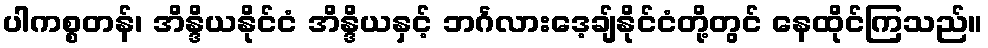
ပါကစ္စတန်၊ အိန္ဒိယနိုင်ငံ အိန္ဒိယနှင့် ဘင်္ဂလားဒေ့ချ်နိုင်ငံတို့တွင် နေထိုင်ကြသည်။